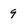
Character: 9